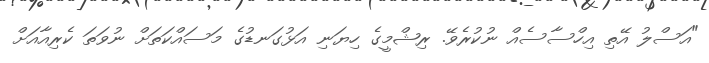
"އަސްލު އޭތި އިހްސާސެއް ނުކުރެވޭ. ރިޝްމީގެ ހިޔަނި އަޅުގަނޑުގެ މަސައްކަތަށް ނުވަތަ ކެރިއާއަށް